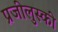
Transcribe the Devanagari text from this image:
प्रजीलुस्की